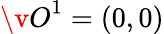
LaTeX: {\v O}^{1}=(0,0)